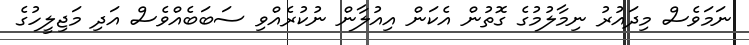
ނަމަވެސް މިދައުރު ނިމާލުމުގެ ގޮތުން އެކަން އިއުލާން ނުކުރެއްވި ސަބަބެއްވެސް އަދި މަޖިލީހުގެ